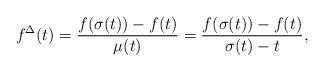
LaTeX: \begin{align*} f^{\Delta} (t) = \frac{f(\sigma(t)) - f(t)}{\mu(t)} = \frac{f(\sigma(t)) - f(t)}{\sigma(t) - t}, \end{align*}